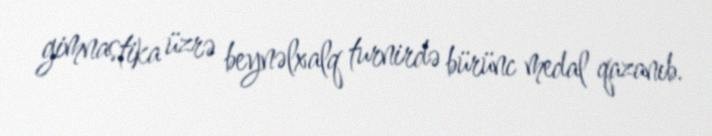
gimnastika üzrə beynəlxalq turnirdə bürünc medal qazanıb.